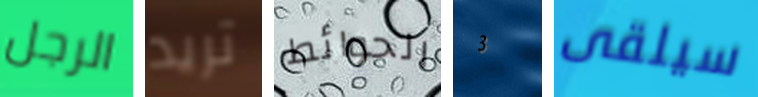
الرجل تريد الحوائط 3 سيلقى